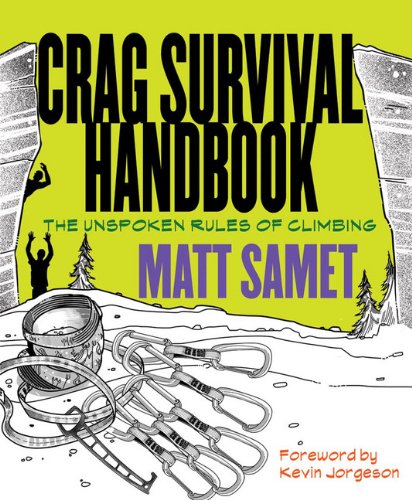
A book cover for Crag Survival Handbook: The Unspoken Rules of Climbing; Matt Samet; Sports & Outdoors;